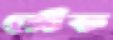
ঝোঁক